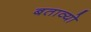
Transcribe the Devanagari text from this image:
बताव्यो